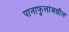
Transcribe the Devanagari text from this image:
पानाफुलांमधील